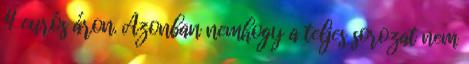
4 eurós áron. Azonban nemhogy a teljes sorozat nem